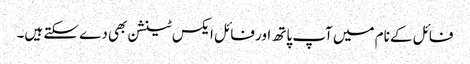
فائل کے نام میں آپ پاتھ اور فائل ایکس ٹینشن بھی دے سکتے ہیں۔